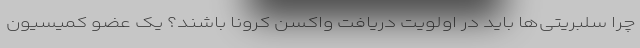
چرا سلبریتی‌ها باید در اولویت دریافت واکسن کرونا باشند؟ یک عضو کمیسیون